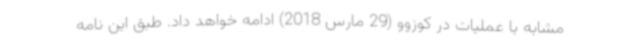
مشابه با عملیات در کوزوو (29 مارس 2018) ادامه خواهد داد. طبق این نامه